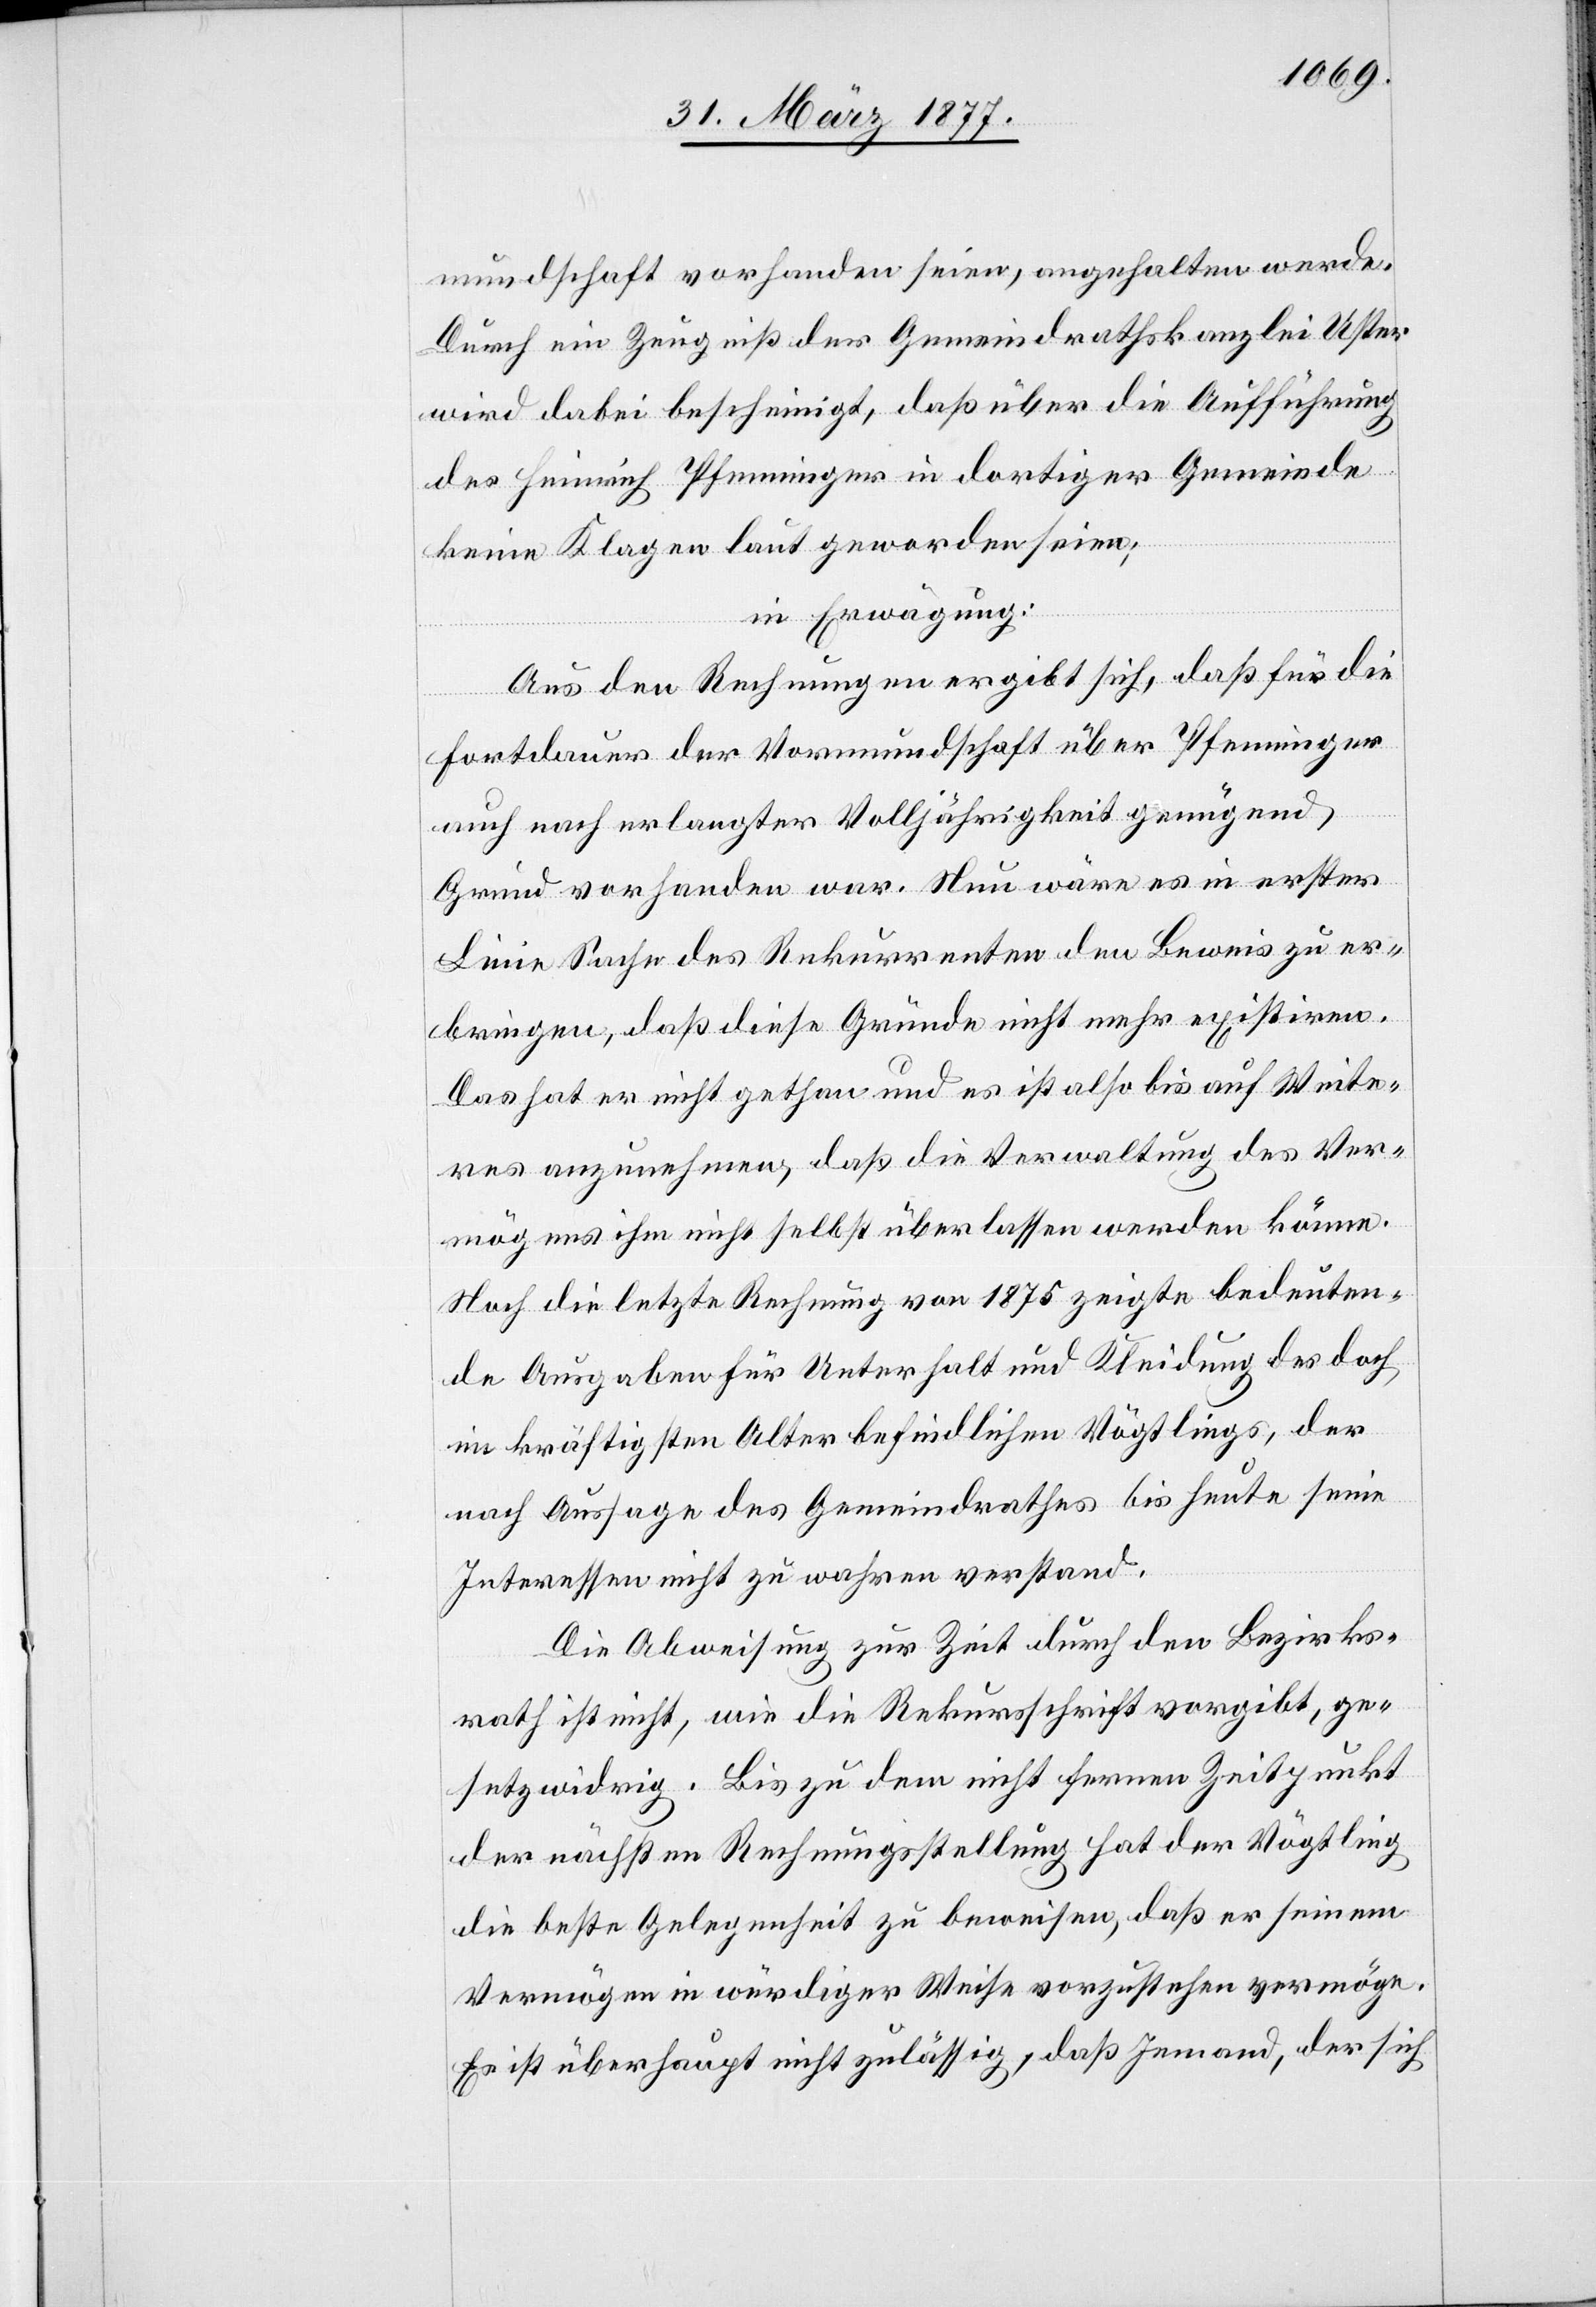
mundschaft vorhanden seien, angehalten werde.
Durch ein Zeugniß der Gemeindrathskanzlei Uster
wird dabei bescheinigt, daß über die Aufführung
des Heinrich Pfenninger in dortiger Gemeinde
keine Klagen laut geworden seien;
in Erwägung:
Aus den Rechnungen ergibt sich, daß für die
Fortdauer der Vormundschaft über Pfenninger
auch nach erlangter Volljährigkeit genügend
Grund vorhanden war. Nun wäre es in erster
Linie Sache des Rekurrenten den Beweis zu er¬
bringen, daß diese Gründe nicht mehr existiren.
Das hat er nicht gethan und es ist also bis auf Weite¬
res anzunehmen, daß die Verwaltung des Ver¬
mögens ihm nicht selbst überlassen werden könne.
Noch die letzte Rechnung von 1875 zeigte bedeuten¬
de Ausgaben für Unterhalt und Kleidung des doch
im kräftigsten Alter befindlichen Vögtlings, der
nach Aussage des Gemeindrathes bis heute seine
Interessen nicht zu wahren verstand.
Die Abweisung zur Zeit durch den Bezirks¬
rath ist nicht, wie die Rekursschrift vorgibt, ge¬
setzwidrig. Bis zu dem nicht fernen Zeitpunkt
der nächsten Rechnungsstellung hat der Vögtling
die beste Gelegenheit zu beweisen, daß er seinem
Vermögen in würdiger Weise vorzustehen vermöge.
Es ist überhaupt nicht zulässig, daß Jemand, der sich